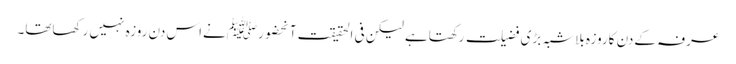
عرفہ کےدن کاروزہ بلاشبہ بڑی فضیلت رکھتاہے لیکن فی الحقیقت آنحضورﷺنےاس دن روزہ نہیں رکھاتھا۔